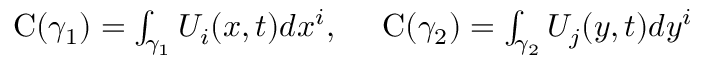
\begin{array} { r } { \mathrm { C } ( \gamma _ { 1 } ) = \int _ { \gamma _ { 1 } } U _ { i } ( x , t ) d x ^ { i } , ~ ~ ~ ~ \mathrm { C } ( \gamma _ { 2 } ) = \int _ { \gamma _ { 2 } } U _ { j } ( y , t ) d y ^ { i } } \end{array}